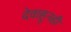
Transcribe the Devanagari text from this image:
देवाहूनही